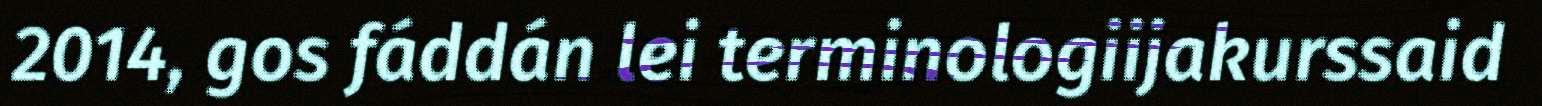
2014, gos fáddán lei terminologiijakurssaid